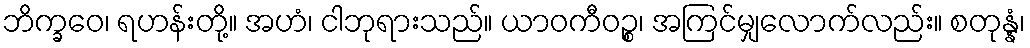
ဘိက္ခဝေ၊ ရဟန်းတို့။ အဟံ၊ ငါဘုရားသည်။ ယာဝကီဝဉ္စ၊ အကြင်မျှလောက်လည်း။ စတုန္နံ၊